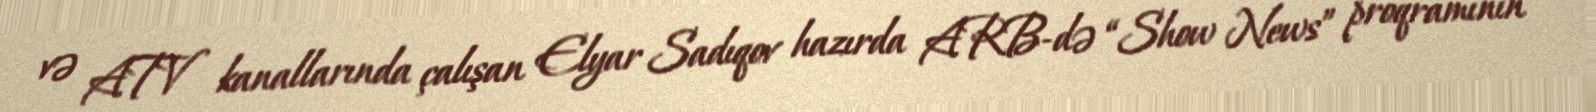
və ATV kanallarında çalışan Elyar Sadıqov hazırda ARB-də “Show News” proqramının